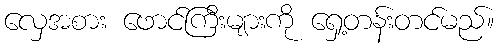
လှေအစား ဖောင်ကြီးများကို ရှေ့တန်းတင်မည်။